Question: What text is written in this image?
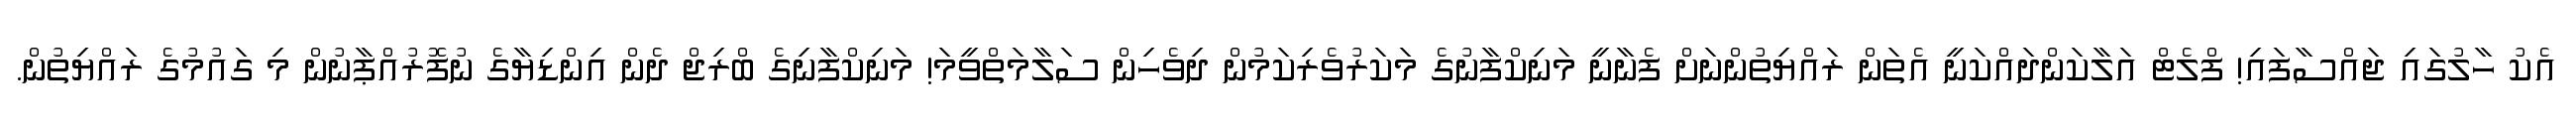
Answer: އެކު ހާލުގައި ޖައްސާފައި! ފްލެޓް އަލާކަންދައްކަނީ އެތަން ރައްޔިތުންނަށް ފެނާނީ މަނިކްފާނުގެ މަކަރުވެރިކަމުން ދިވެހިން ސަލާމަތްވީމަ! މަނިކްފާނިގެ ބްރިޖް ދެން އިންޑިޔާގެ ނުފޮރުއްޕާނުން މި ގައުމުގެ ރައްޔިތުން.